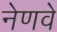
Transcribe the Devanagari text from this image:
नेणवे